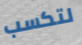
لتكسب